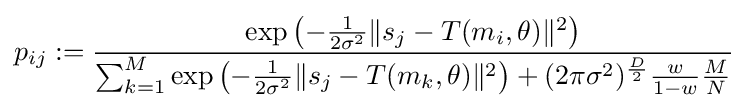
p_{ij}:={\frac {\exp \left(-{\frac {1}{2\sigma ^{2}}}\lVert s_{j}-T(m_{i},\theta )\rVert ^{2}\right)}{\sum _{k=1}^{M}\exp \left(-{\frac {1}{2\sigma ^{2}}}\lVert s_{j}-T(m_{k},\theta )\rVert ^{2}\right)+(2\pi \sigma ^{2})^{\frac {D}{2}}{\frac {w}{1-w}}{\frac {M}{N}}}}